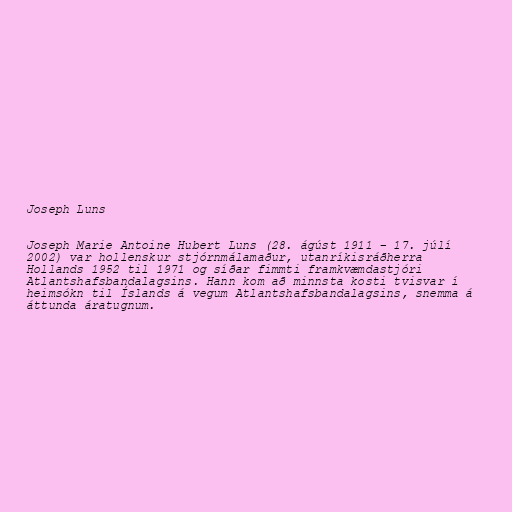
Joseph Luns

Joseph Marie Antoine Hubert Luns (28. ágúst 1911 – 17. júlí
2002) var hollenskur stjórnmálamaður, utanríkisráðherra
Hollands 1952 til 1971 og síðar fimmti framkvæmdastjóri
Atlantshafsbandalagsins. Hann kom að minnsta kosti tvisvar í
heimsókn til Íslands á vegum Atlantshafsbandalagsins, snemma á
áttunda áratugnum.